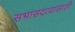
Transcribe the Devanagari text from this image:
सभासदत्वासाठी